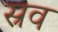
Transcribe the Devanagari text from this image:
स्रव